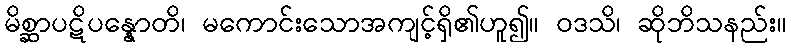
မိစ္ဆာပဋိပန္နောတိ၊ မကောင်းသောအကျင့်ရှိ၏ဟူ၍။ ဝဒသိ၊ ဆိုဘိသနည်း။